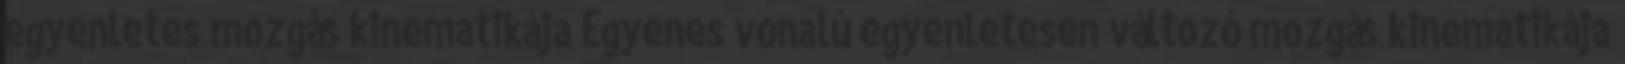
egyenletes mozgás kinematikája Egyenes vonalú egyenletesen változó mozgás kinematikája